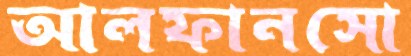
আলফানসো